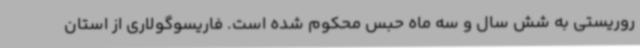
روریستی به شش سال و سه ماه حبس محکوم شده است. فاریسوگولاری از استان